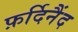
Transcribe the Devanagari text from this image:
फ़र्दिनैंद